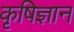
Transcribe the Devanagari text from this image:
कृषिज्ञान